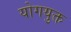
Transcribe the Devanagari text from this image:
योगयुक्त